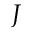
J